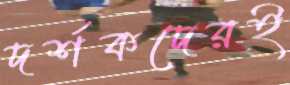
দর্শকদেরই